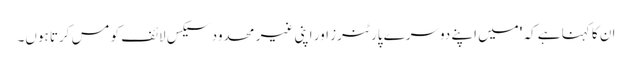
ان کا کہنا ہے کہ 'میں اپنے دوسرے پارٹنرز اور اپنی غیر محدود سیکس لائف کو مس کرتا ہوں۔